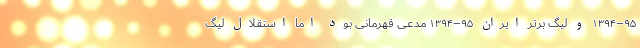
۹۵–۱۳۹۴ و لیگ برتر ایران ۹۵–۱۳۹۴ مدعی قهرمانی بود اما استقلال لیگ